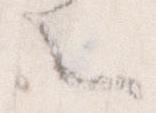
々